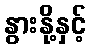
နွားနို့နှင့်